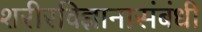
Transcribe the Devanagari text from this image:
शरीरविज्ञानासंबंधी